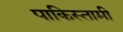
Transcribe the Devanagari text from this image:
पाकिस्तामी